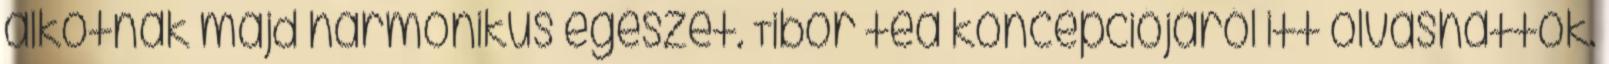
alkotnak majd harmonikus egészet. Tibor tea koncepciójáról itt olvashattok.